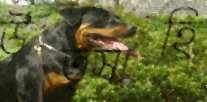
উত্সাহি